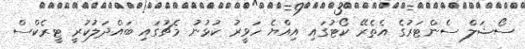
ސޯޝަލް ސެންޓަރުގެ އެތެރޭ ކޯޓުގައި އިއްޔެ ހަވީރު ކުޅުނު މެޗުގައި ބައްދަލުކުރީ ޓީރެކްސް